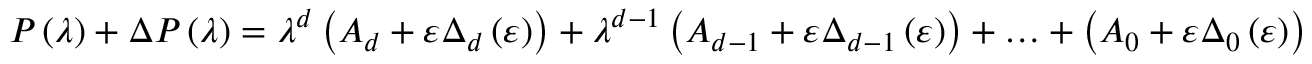
P \left( \lambda \right) + \Delta P \left( \lambda \right) = \lambda ^ { d } \left( A _ { d } + \varepsilon \Delta _ { d } \left( \varepsilon \right) \right) + \lambda ^ { d - 1 } \left( A _ { d - 1 } + \varepsilon \Delta _ { d - 1 } \left( \varepsilon \right) \right) + \ldots + \left( A _ { 0 } + \varepsilon \Delta _ { 0 } \left( \varepsilon \right) \right)